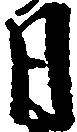
日